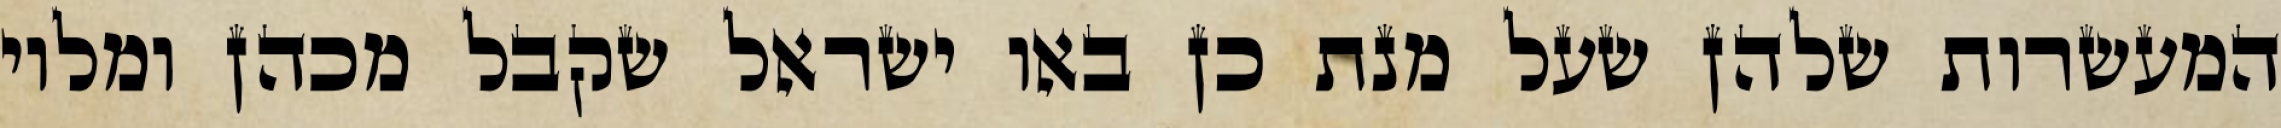
המעשרות שלהן שעל מנת כן באו ישראל שקבל מכהן ומלוי